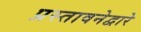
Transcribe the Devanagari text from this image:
प्रस्तावनेद्वारे